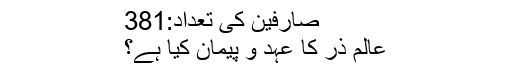
صارفین کی تعداد:381
عالم ذرّ كا عہد و پيمان كيا ہے؟